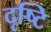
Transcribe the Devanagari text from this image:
दृष्‍टि